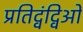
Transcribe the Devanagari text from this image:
प्रतिद्वंद्विओं